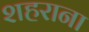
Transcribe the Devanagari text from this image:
शहराना